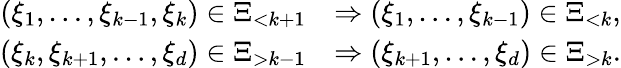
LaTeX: \begin{array}{rl}{(\xi_{1},\ldots,\xi_{k-1},\xi_{k})\in\Xi_{<k+1}}&{\Rightarrow(\xi_{1},\ldots,\xi_{k-1})\in\Xi_{<k},}\\ {(\xi_{k},\xi_{k+1},\ldots,\xi_{d})\in\Xi_{>k-1}}&{\Rightarrow(\xi_{k+1},\ldots,\xi_{d})\in\Xi_{>k}.}\end{array}